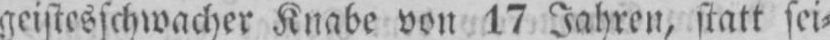
geistesschwacher Knabe von 17 Jahren, statt sei⸗